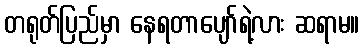
တရုတ်ပြည်မှာ နေရတာပျော်ရဲ့လား ဆရာမ။